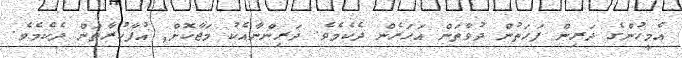
އެމީހުންގެ ދަރިން ފަހަތުން ދުވާތަން އަހަރެން ދެކެމެވެ. ދަރިިންނާއެކު މަޖާކޮށް